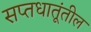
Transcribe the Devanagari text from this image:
सप्तधातूंतील